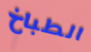
الطباخ